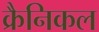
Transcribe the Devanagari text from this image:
क्रैनिकल